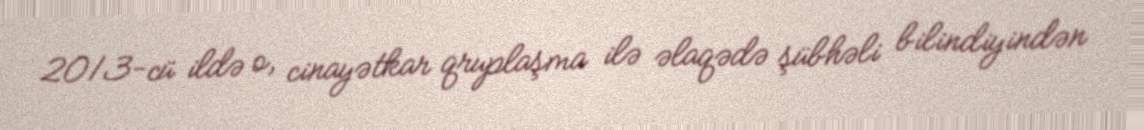
2013-cü ildə o, cinayətkar qruplaşma ilə əlaqədə şübhəli bilindiyindən